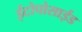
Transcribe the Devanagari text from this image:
ईटोपोसाईड